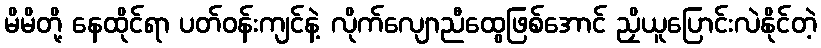
မိမိတို့ နေထိုင်ရာ ပတ်ဝန်းကျင်နဲ့ လိုက်လျောညီထွေဖြစ်အောင် ညှိယူပြောင်းလဲနိုင်တဲ့